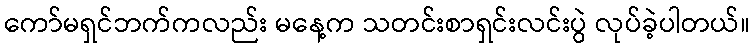
ကော်မရှင်ဘက်ကလည်း မနေ့က သတင်းစာရှင်းလင်းပွဲ လုပ်ခဲ့ပါတယ်။